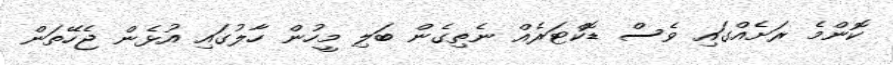
ކޮންމެ ރަށެއްގައި ވެސް ޑޮކްޓަރެއް ނެތިގެން ބަލި މީހުން ހާލުގައި އުޅެން ޖެހޭތަން